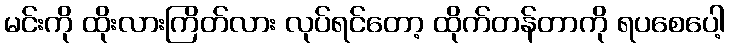
မင်းကို ထိုးလားကြိတ်လား လုပ်ရင်တော့ ထိုက်တန်တာကို ရပစေပေါ့